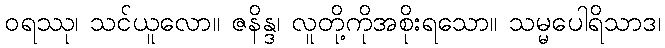
ဝရဿု၊ သင်ယူလော။ ဇနိန္ဒ၊ လူတို့ကိုအစိုးရသော။ သမ္မပေါရိသာဒ၊